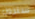
ستزول